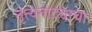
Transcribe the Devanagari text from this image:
नृत्यनाट्याचा